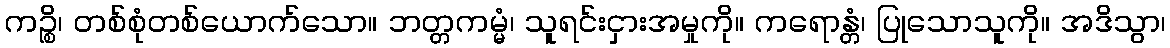
ကဉ္စိ၊ တစ်စုံတစ်ယောက်သော။ ဘတ္တကမ္မံ၊ သူရင်းငှားအမှုကို။ ကရောန္တံ၊ ပြုသောသူကို။ အဒိသွာ၊